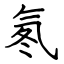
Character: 氡